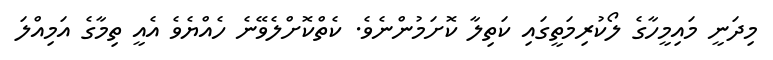
މިދަނީ މައިމީހާގެ ލޯކުރިމަތީގައި ކަތިލާ ކޮށަމުންނެވެ. ކެތްކޮށްލެވޭނެ ހެެއްޔެވެ އެއީ ތިމާގެ އަމިއްލަ